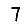
Digit: 7